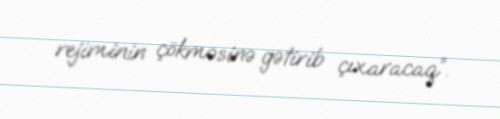
rejiminin çökməsinə gətirib çıxaracaq”.